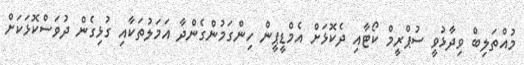
މުއްތަލިބް ވިދާޅުވީ ސުޕްރީމް ކޯޓާއި ދެކޮޅަށް އެމްޑީޕީން ހިންގަމުންގެންދާ އަމަލުތަކާއި ގުޅިގެން ދުވަސްކޮޅަކަށް